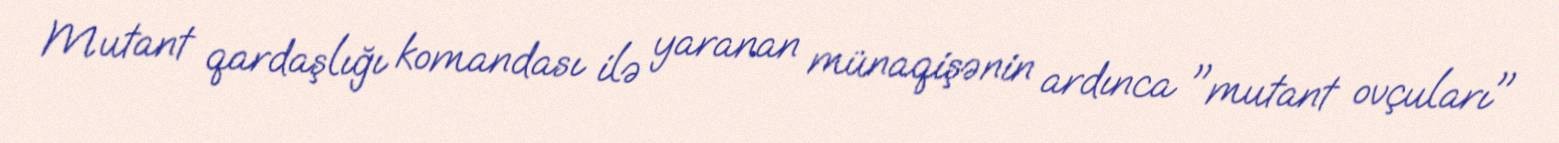
Mutant qardaşlığı komandası ilə yaranan münaqişənin ardınca "mutant ovçuları"